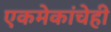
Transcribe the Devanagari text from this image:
एकमेकांचेही